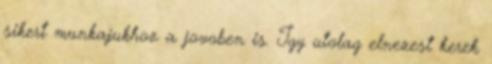
sikert munkajukhoz a jovoben is. Igy utolag elnezest kerek